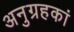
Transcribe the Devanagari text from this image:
अनुग्रहकां